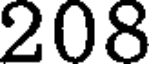
208